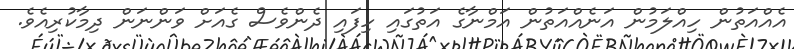
އެއްއަތުން ހިއްލަމުން އަނެއްއަތުން އަމްނާގެ އަތުގައި ހިފައި ދެންވެސް ގެއަށް ވަންނަން ދިމާކުރިއެވެ.